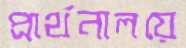
প্রার্থনালয়ে